Mustjala_vallavalitsus, lk 13
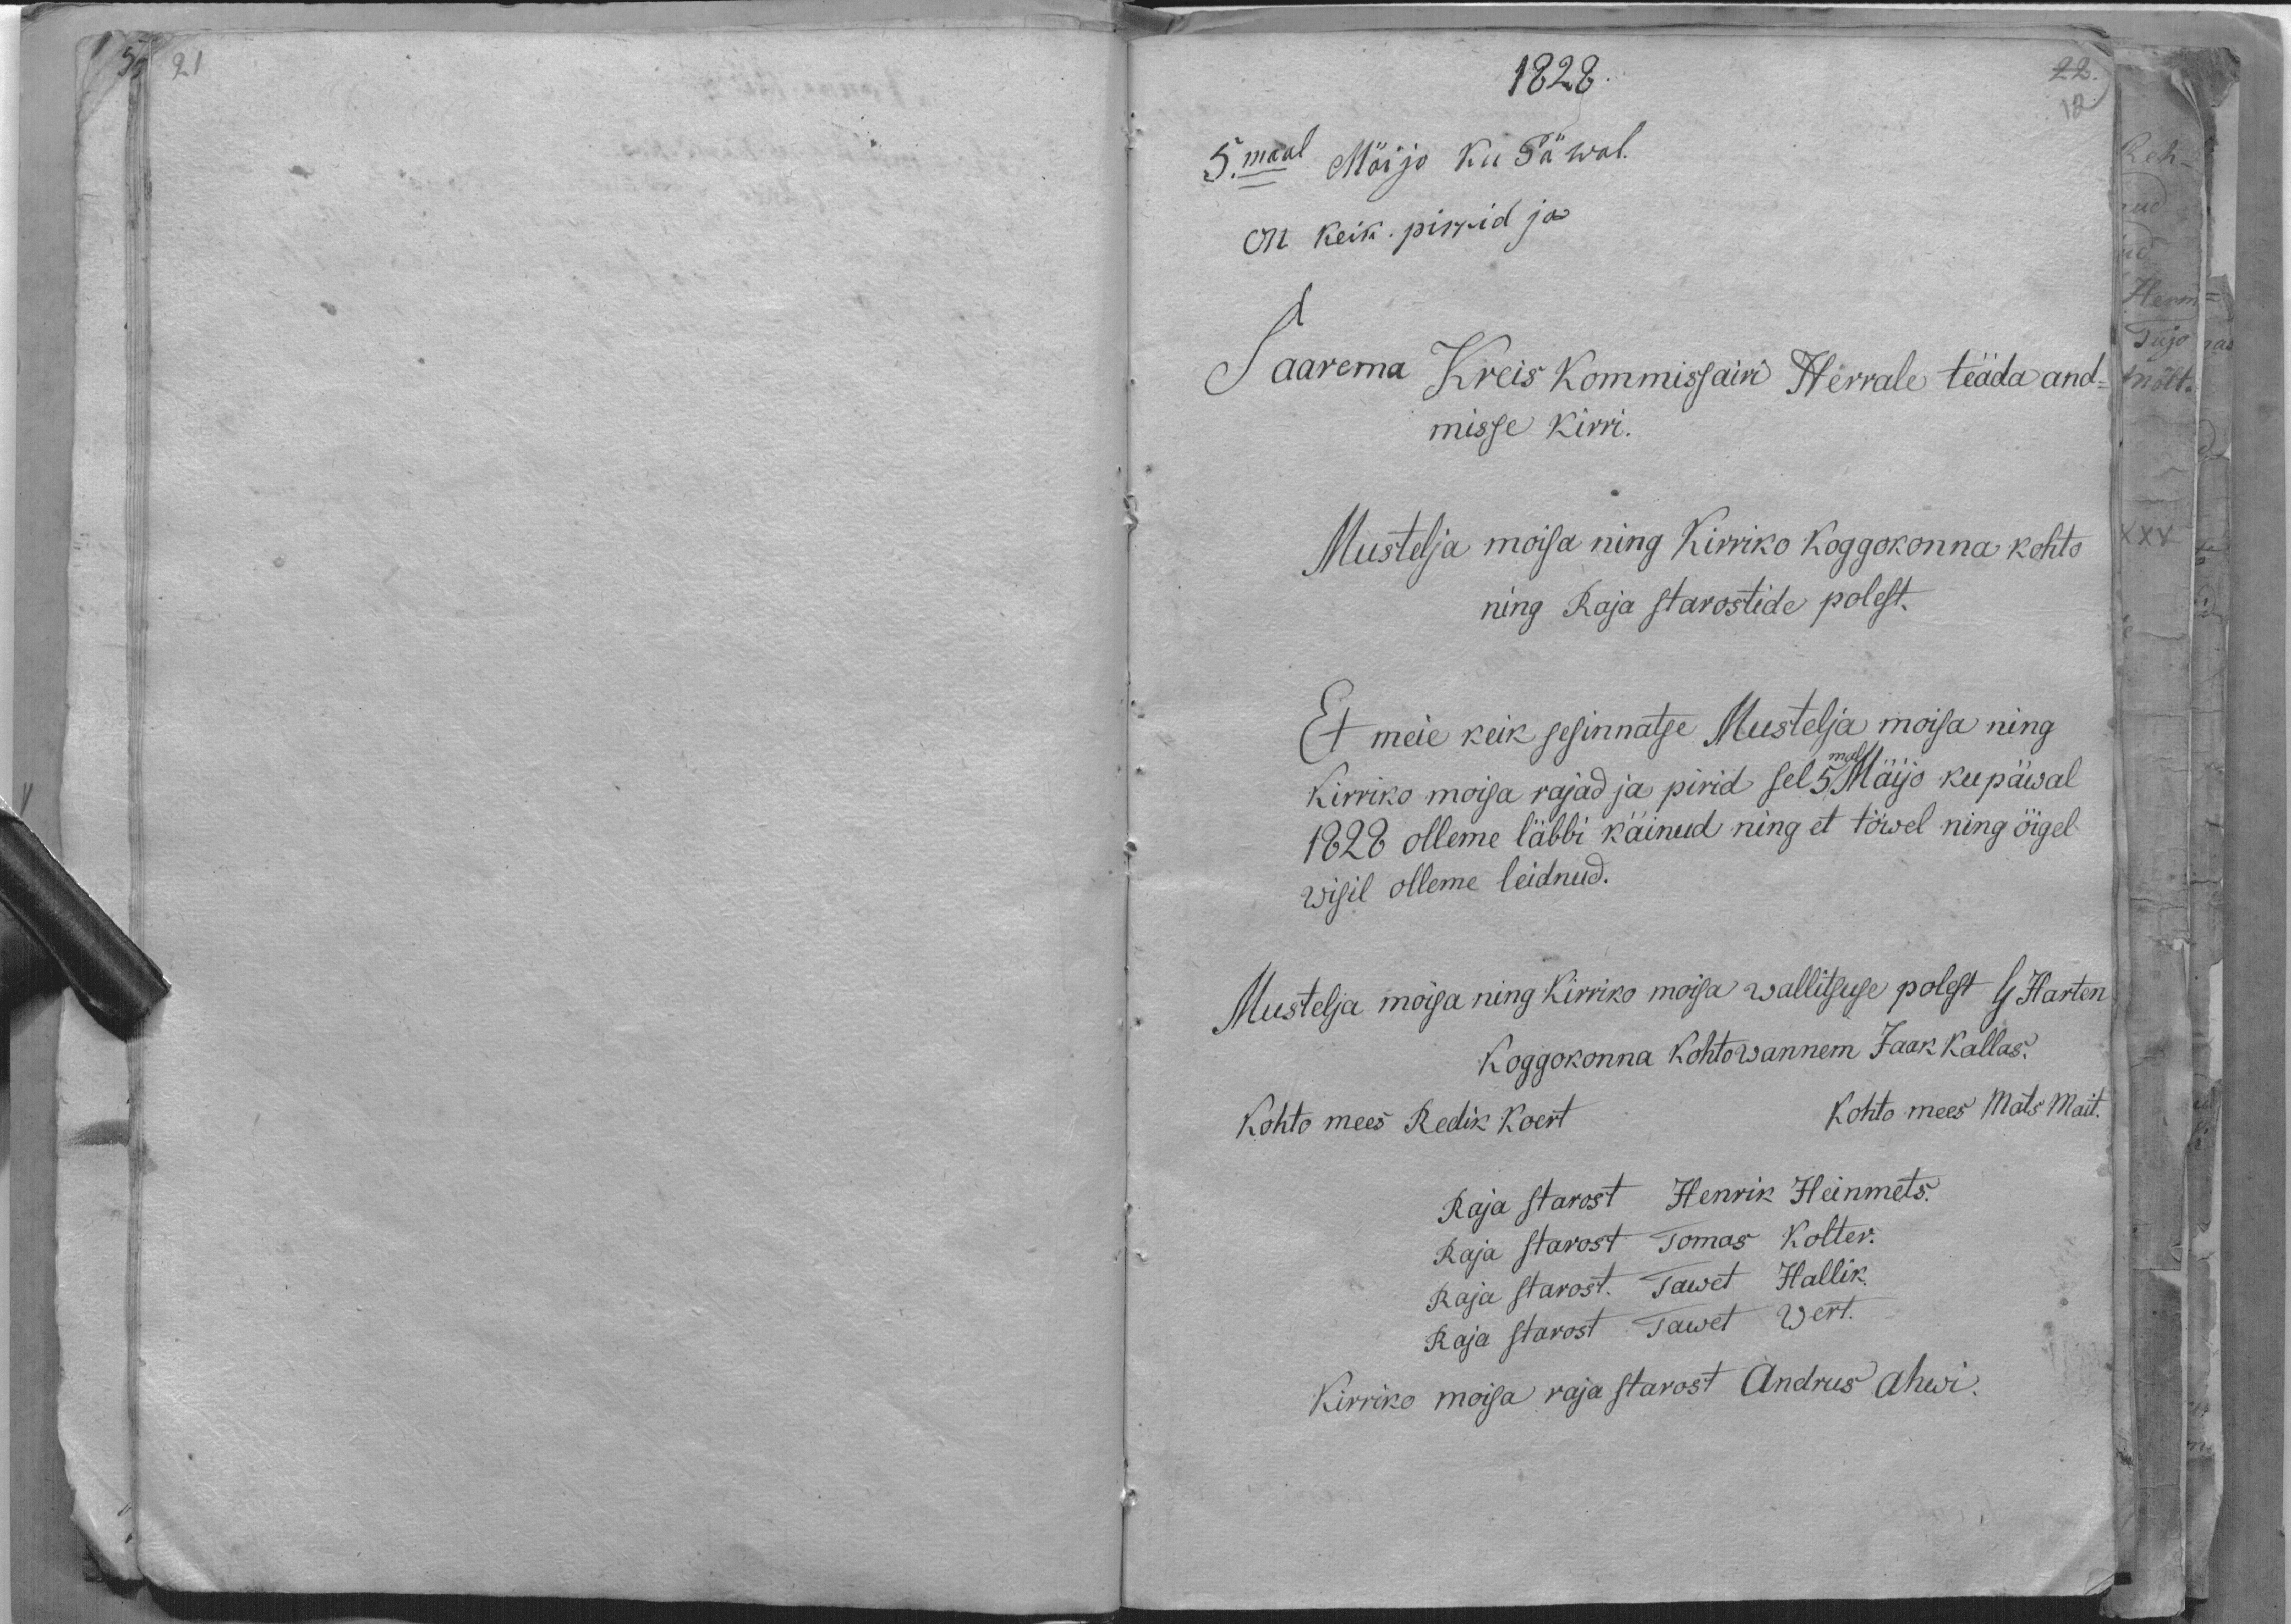
1828
5.maal Mäijo ku Päwal.
On keik. pirrid ja
Saarema Kreis Kommisjain Herrale teäda and-
misse kirri.
Mustelja moisa ning Kirriko koggokonna kohto
ning Raja starostide polest.
Et meie keik sesinnatse Mustelja moisa ning
Kirriko moisa rajad ja pirid sel 5mal Mäijo ku päwal
1828 olleme läbbi käinud ning et töwel ning õigel
wisil olleme leidnud.
Mustelja moisa ning Kirriko moisa wallitsuse polest G Harten,
Koggokonna kohtowannem Jaak Kallas.
Kohto mees Redik Koert
Kohto mees Mats Mait.
Raja starost Hendrik Heinmets
Raja starost Tomas Kolter.
Raja starost. Tawet Hallik.
Raja starost Tawet Wert.
Kirriko moisa raja starost Andrus Ahwi.